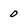
Character: 0